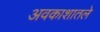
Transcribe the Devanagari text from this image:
अवकाशातले